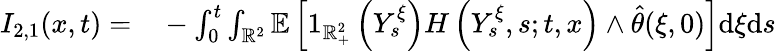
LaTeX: \begin{array}{rl}{I_{2,1}(x,t)=}&{{}-\int_{0}^{t}\int_{\mathbb{R}^{2}}\mathbb{E}\left[1_{\mathbb{R}_{+}^{2}}\left(Y_{s}^{\xi}\right)H\left(Y_{s}^{\xi},s;t,x\right)\wedge\hat{\theta}(\xi,0)\right]\mathrm{d}\xi\mathrm{d}s}\end{array}